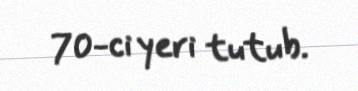
70-ci yeri tutub.